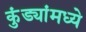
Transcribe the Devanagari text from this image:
कुंड्यांमध्ये